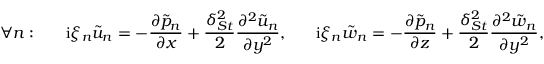
\forall n : \ \ \ \ \ \mathrm { i } \xi _ { n } \tilde { u } _ { n } = - \frac { \partial \tilde { p } _ { n } } { \partial x } + \frac { \delta _ { S t } ^ { 2 } } { 2 } \frac { \partial ^ { 2 } \tilde { u } _ { n } } { \partial y ^ { 2 } } , \ \ \ \ \ \mathrm { i } \xi _ { n } \tilde { w } _ { n } = - \frac { \partial \tilde { p } _ { n } } { \partial z } + \frac { \delta _ { S t } ^ { 2 } } { 2 } \frac { \partial ^ { 2 } \tilde { w } _ { n } } { \partial y ^ { 2 } } ,